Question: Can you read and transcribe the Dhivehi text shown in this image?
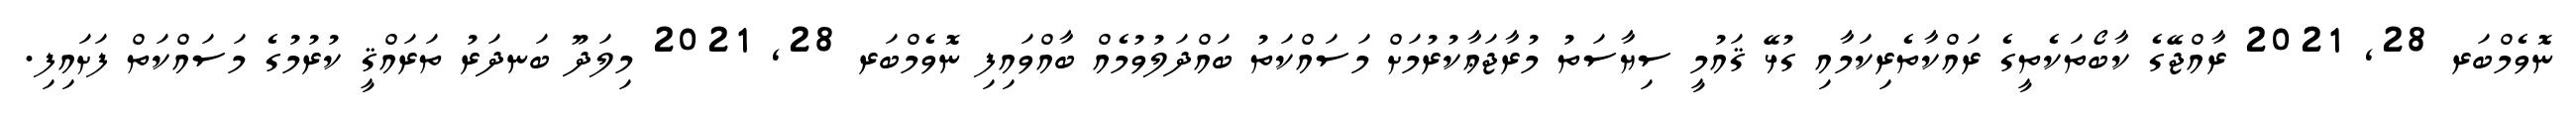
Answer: ނޮވެމްބަރ 28, 2021 ރާއްޖޭގެ ކާބޯތަކެތީގެ ރައްކާތެރިކަމާއި ގުޅޭ ޤައުމީ ސިޔާސަތު މުރާޖަޢާކުރުމަށް މަސައްކަތު ބައްދަލުވުމެއް ބާއްވައިފި ނޮވެމްބަރ 28, 2021 މިލަދޫ ބަނދަރު ތަރައްޤީ ކުރުމުގެ މަސައްކަތް ފަށައިފި.